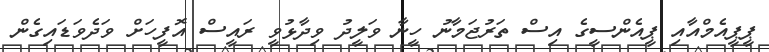
ޕީޕީއެމްއާއި ޕީއެންސީގެ އިސް ތަރުޖަމާނު ހީނާ ވަލީދު ވިދާޅުވީ ރައީސް އޮފީހަށް ވަދެވަޑައިގެން